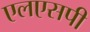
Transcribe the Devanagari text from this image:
एलएसपी